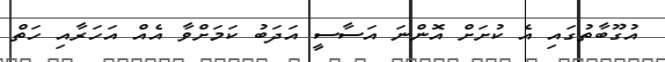
އުގޫބާތުގައި އެ ކުށަށް އޮންނަ އަސާސީ އަދަބު ކަމަށްވާ އެއް އަހަރާއި ހަތް